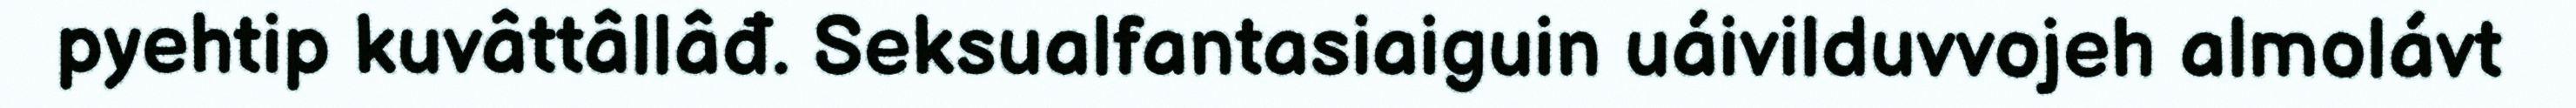
pyehtip kuvâttâllâđ. Seksualfantasiaiguin uáivilduvvojeh almolávt